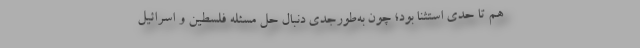
هم تا حدی استثنا بود؛ چون به‌طور‌جدی دنبال حل مسئله فلسطین و اسرائیل